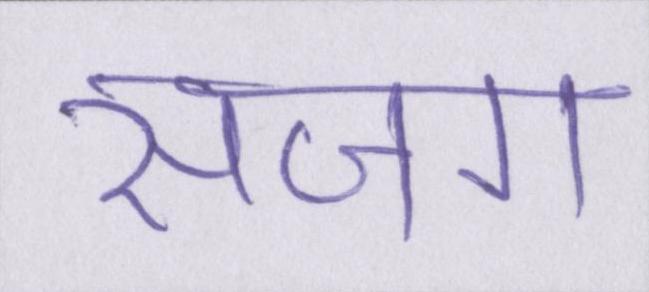
सजग